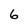
Character: 6